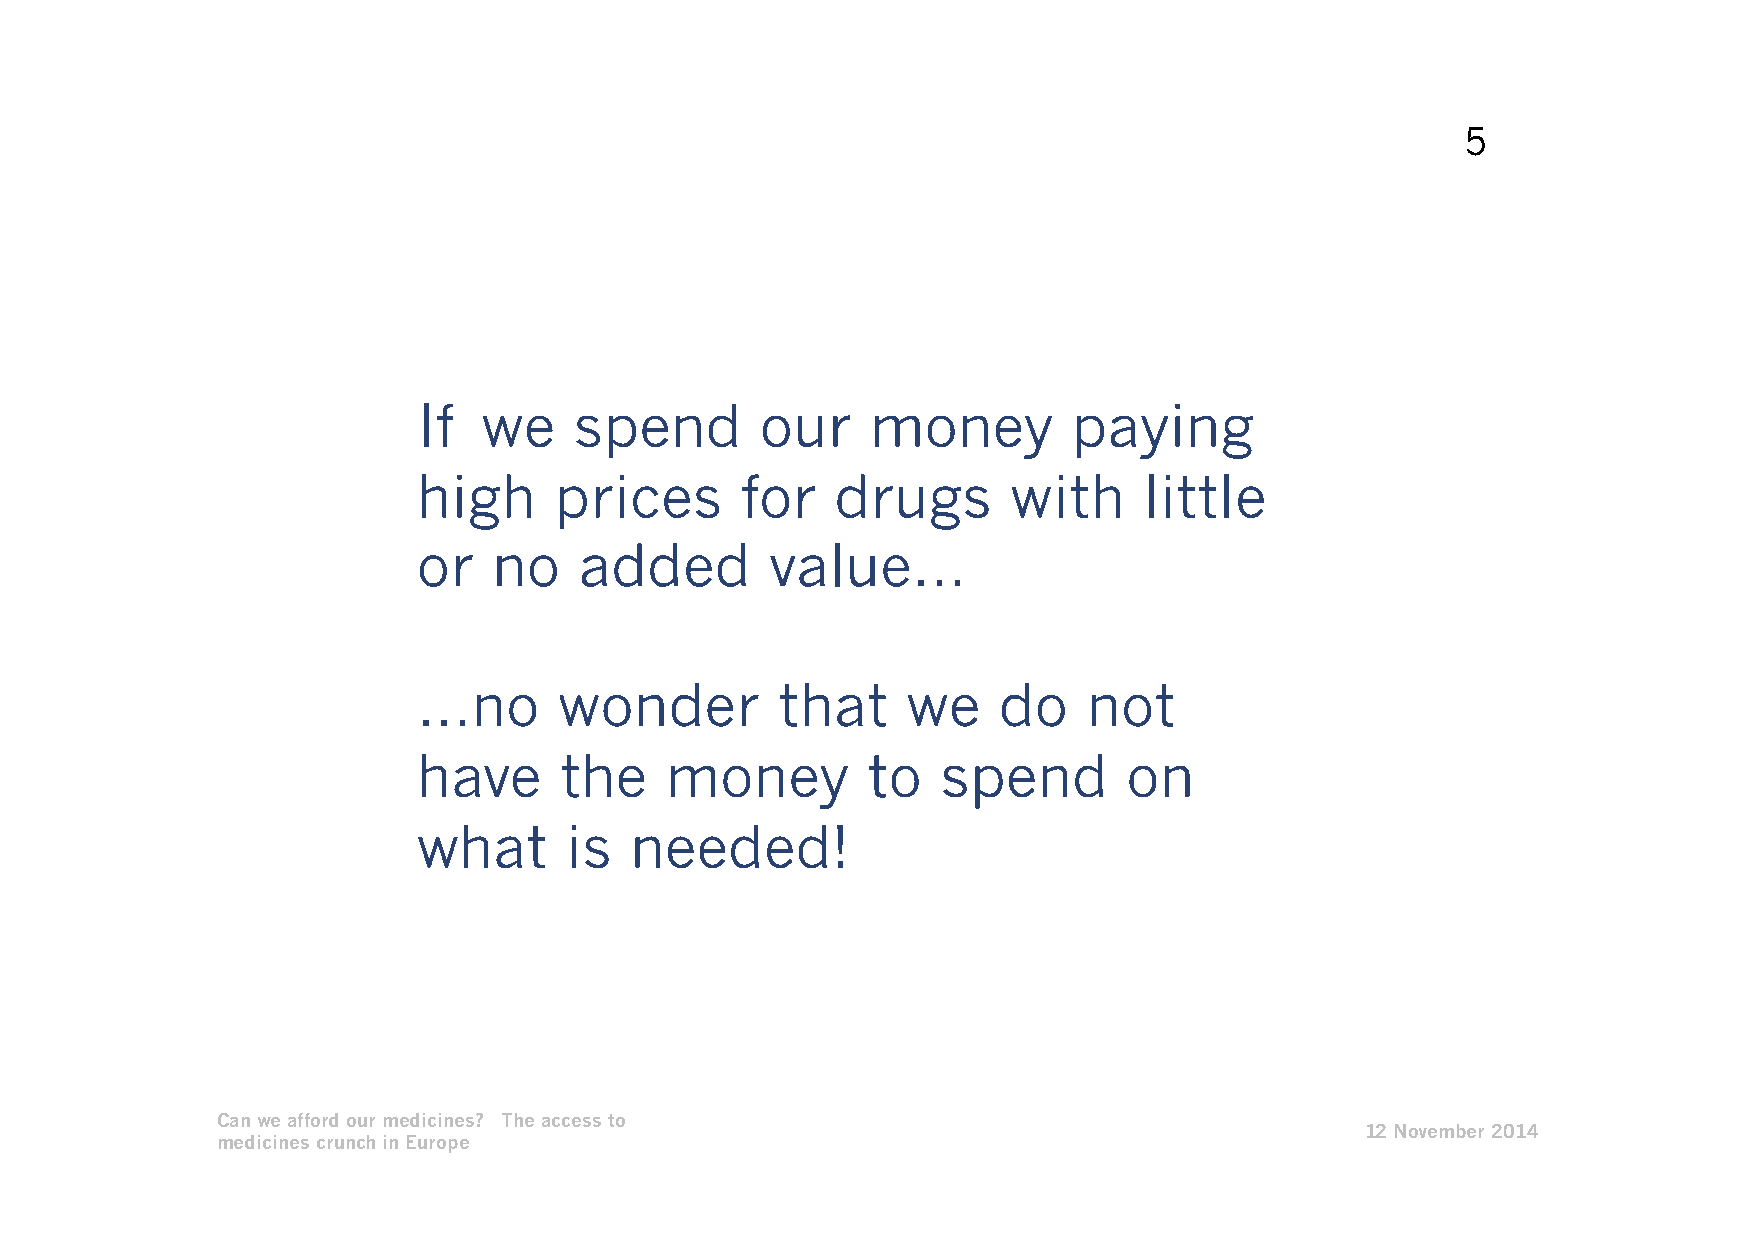
5
 If  we    spend       our     money        paying
 high     prices      for   drugs       with     little
 or   no   added        value…
 …no      wonder        that     we    do    not
 have     the    money        to   spend        on
 what     is   needed!
 Can we afford our medicines? The access to
 12 November 2014
 medicines crunch in Europe